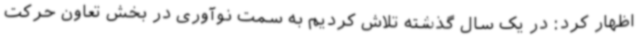
اظهار کرد: در یک سال گذشته تلاش کردیم به سمت نوآوری در بخش تعاون حرکت